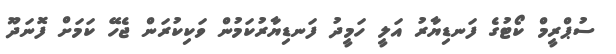
ސުޕްރީމް ކޯޓުގެ ފަނޑިޔާރު އަލީ ހަމީދު ފަނޑިޔާރުކަމުން ވަކިކުރަން ޖެހޭ ކަމަށް ފޮނަދޫ